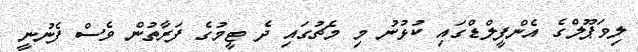
ލިވަޕޫލްގެ އެންފީލްޑްގައި ކުޅުނު މި މެޗުގައި ދެ ޓީމުގެ ފަރާތުން ވެސް ފެނުނީ